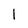
Character: 1